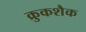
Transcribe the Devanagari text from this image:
क्रुकशैक